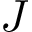
J